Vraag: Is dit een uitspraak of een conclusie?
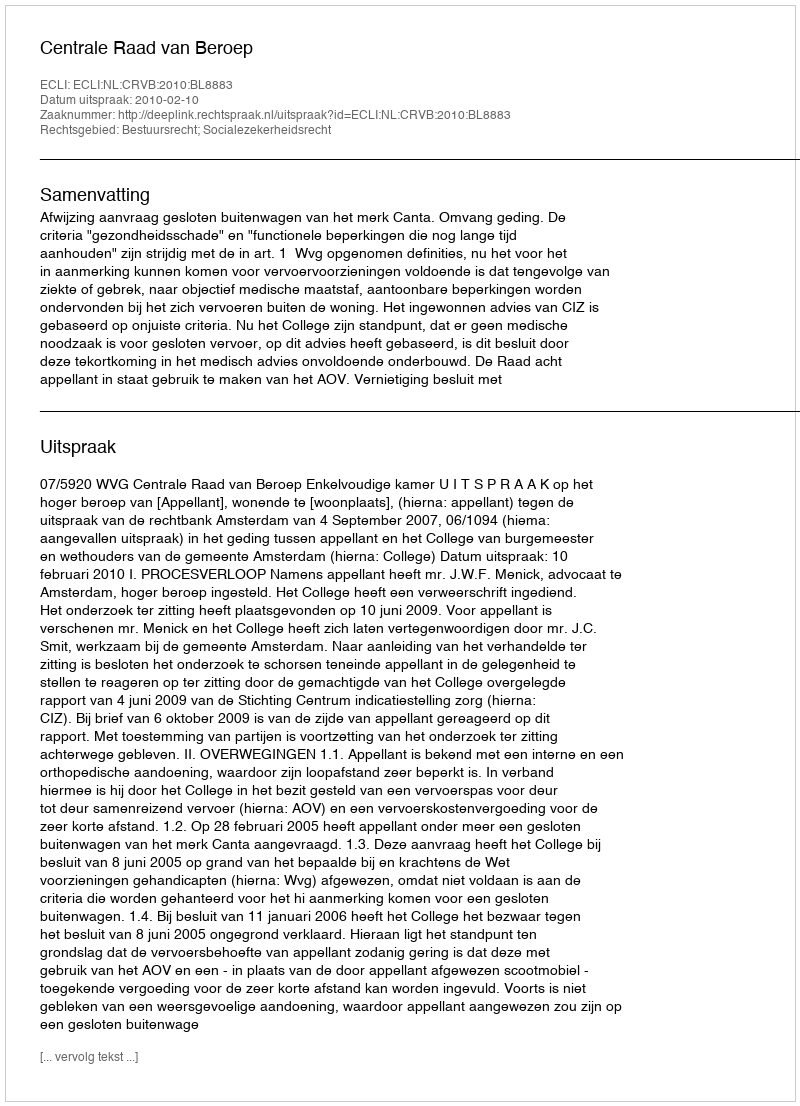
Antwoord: Uitspraak